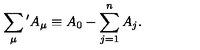
\sum _ { \mu } { } ^ { \prime } A _ { \mu } \equiv A _ { 0 } - \sum _ { j = 1 } ^ { n } A _ { j } .